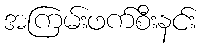
အကြမ်းဖက်စီးနင်း